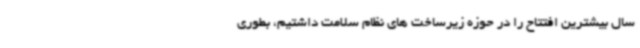
سال بیشترین افتتاح را در حوزه زیرساخت های نظام سلامت داشتیم، بطوری